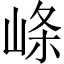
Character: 𡸇